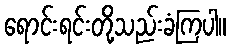
ရောင်းရင်းတို့သည်းခံကြပါ။